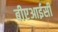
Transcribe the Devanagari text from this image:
बीएआईसी